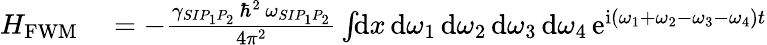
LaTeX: \begin{array}{rl}{H_{\mathrm{FWM}}}&{{}=-\frac{\gamma_{SIP_{1}P_{2}}\, \hbar^{2}\, \omega_{SIP_{1}P_{2}}}{4\pi^{2}}\int\! \! \mathrm{d}x\, \mathrm{d}\omega_{1}\, \mathrm{d}\omega_{2}\, \mathrm{d}\omega_{3}\, \mathrm{d}\omega_{4}\, \mathrm{e}^{\mathrm{i}(\omega_{1}+\omega_{2}-\omega_{3}-\omega_{4})t}}\end{array}